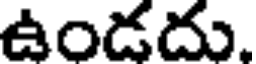
ఉండదు.